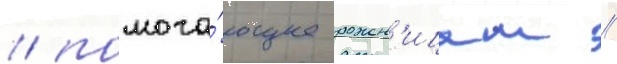
/ помога́ющее рожен'ицам /